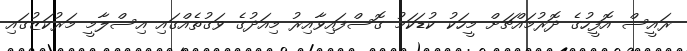
ރައީސް އޮފީހުގެ ދޮރުމައްޗަށް މީހަކު ކުޑަކަމު ގޮސްފައިވާއިރު މިއަދުގެ ވަގުތެއްގައި އިސްލާމީ މަރުކަޒުގައި